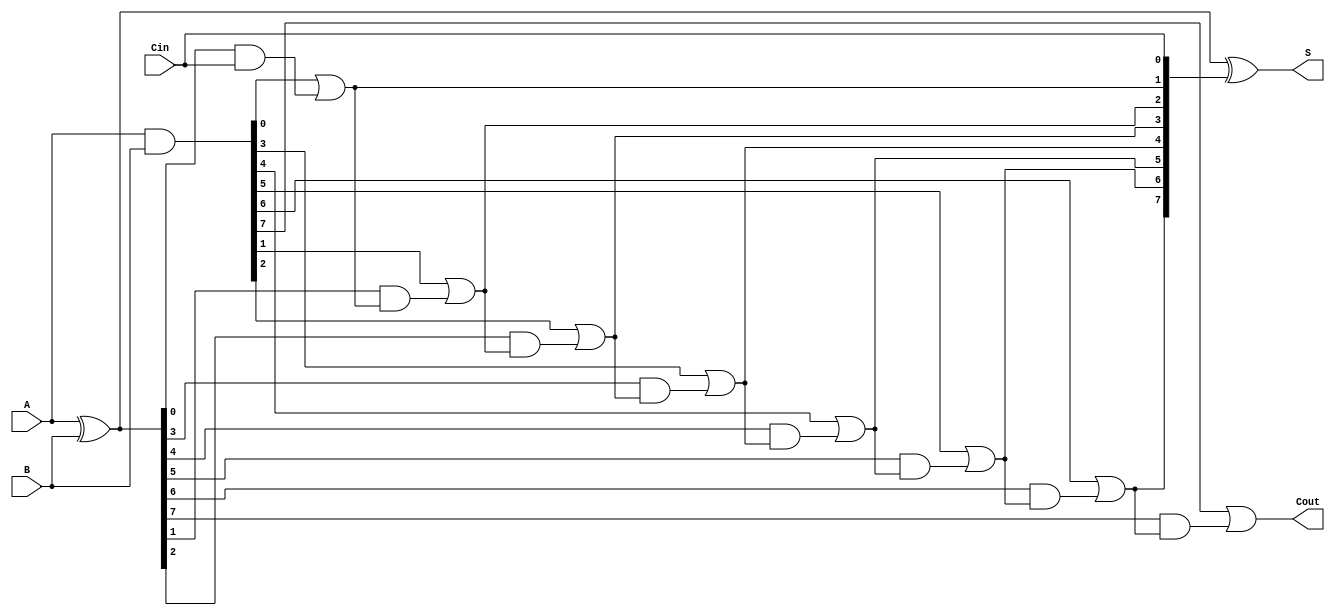
module SklanskyAdder #(parameter n = 8) (
    input  [n-1:0] A,      // First binary number
    input  [n-1:0] B,      // Second binary number
    input          Cin,     // Carry-in
    output [n-1:0] S,      // Sum output
    output         Cout     // Carry-out
);

    // Generate and Propagate signals
    wire [n-1:0] G; // Generate signals
    wire [n-1:0] P; // Propagate signals
    wire [n:0] C;   // Carry signals

    // Generate and Propagate calculations
    assign G = A & B;           // G[i] = A[i] & B[i]
    assign P = A ^ B;           // P[i] = A[i] ^ B[i]

    // Carry calculations
    assign C[0] = Cin;          // C[0] = Cin

    genvar i;
    generate
        for (i = 0; i < n; i = i + 1) begin : carry_calc
            if (i == 0) begin
                assign C[i + 1] = G[i] | (P[i] & C[i]); // C[1] = G[0] | (P[0] & C[0])
            end else begin
                assign C[i + 1] = G[i] | (P[i] & C[i]); // C[i + 1] = G[i] | (P[i] & C[i])
            end
        end
    endgenerate

    // Sum calculation
    assign S = P ^ C[n-1:0]; // S[i] = P[i] ^ C[i]

    // Final carry-out
    assign Cout = C[n]; // Cout = C[n]

endmodule